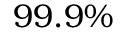
9 9 . 9 \%